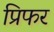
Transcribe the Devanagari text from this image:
प्रिफर